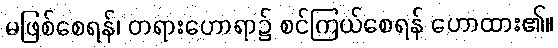
မဖြစ်စေရန်၊ တရားဟောရာ၌ စင်ကြယ်စေရန် ဟောထား၏။